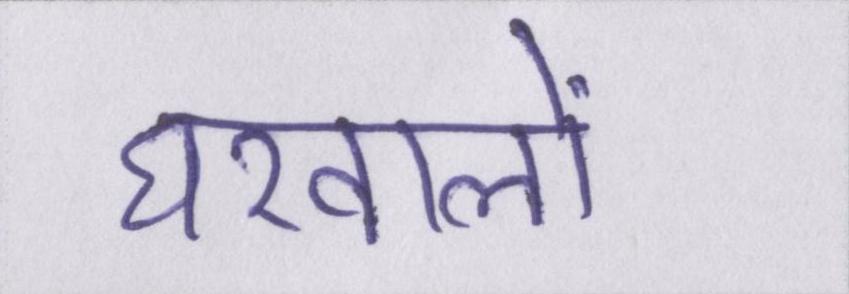
घरवालों